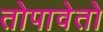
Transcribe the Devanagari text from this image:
तोपावेतो